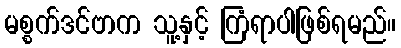
မစ္စက်ဒင်ဗာက သူ့နှင့် ကြံရာပါဖြစ်ရမည်။